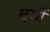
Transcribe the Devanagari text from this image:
सूर्खी